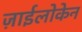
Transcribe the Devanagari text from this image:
ज़ाईलोकेन